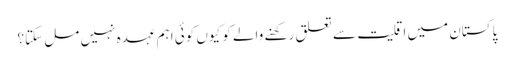
پاکستان میں اقلیت سے تعلق رکھنے والے کو کیوں کوئی اہم عہدہ نہیں مل سکتا؟